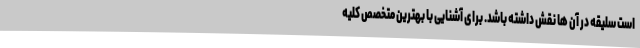
است سلیقه در آن ها نقش داشته باشد. برای آشنایی با بهترین متخصص کلیه